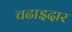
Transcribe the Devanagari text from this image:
चढाइदार